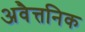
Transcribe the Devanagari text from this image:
अवैत्तनिक